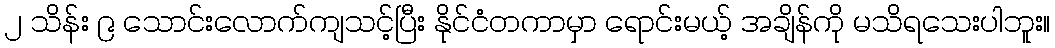
၂ သိန်း ၉ သောင်းလောက်ကျသင့်ပြီး နိုင်ငံတကာမှာ ရောင်းမယ့် အချိန်ကို မသိရသေးပါဘူး။